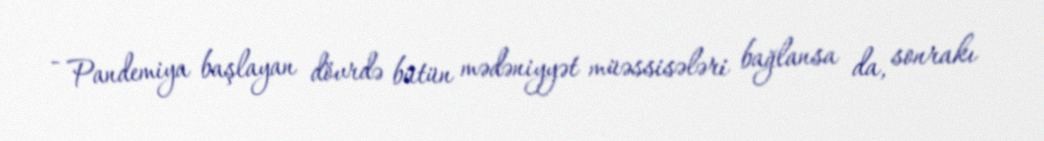
- Pandemiya başlayan dövrdə bütün mədəniyyət müəssisələri bağlansa da, sonrakı